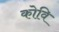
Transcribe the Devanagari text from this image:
कोवि